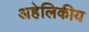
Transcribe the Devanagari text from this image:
अहेलिकीय